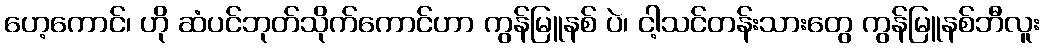
ဟေ့ကောင်၊ ဟို ဆံပင်ဘုတ်သိုက်ကောင်ဟာ ကွန်မြူနစ် ပဲ၊ ငါ့သင်တန်းသားတွေ ကွန်မြူနစ်ဘီလူး